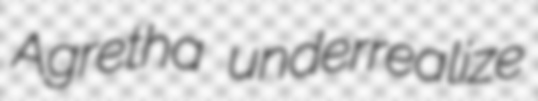
Agretha underrealize